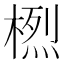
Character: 𱣽